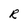
Character: R